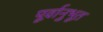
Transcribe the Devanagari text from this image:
पूर्वानुभूत